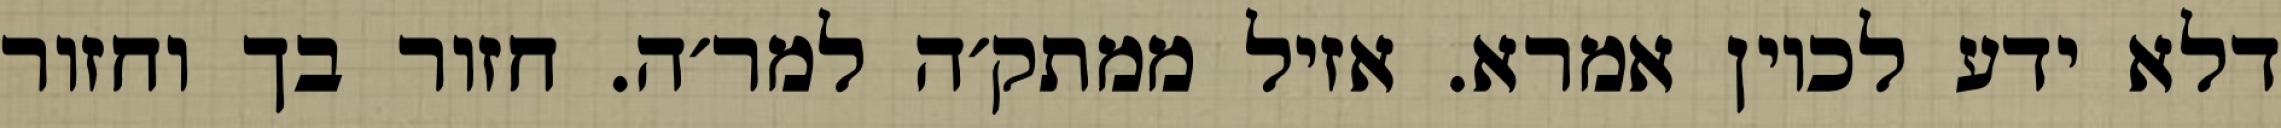
דלא ידע לכוין אמרא. אזיל ממתק׳ה למר׳ה. חזור בך וחזור